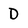
Character: D